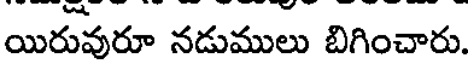
యిరువురూ నడుములు బిగించారు.